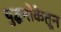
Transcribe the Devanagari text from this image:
युद्धनौकेतून